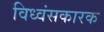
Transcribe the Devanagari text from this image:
विध्वंसकारक